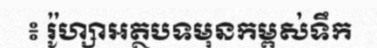
៖ រ៉ូហ្សាអត្ថបទមុនកម្ពស់ទឹក